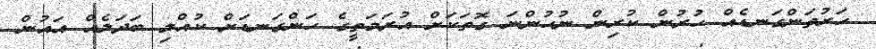
ހަރުތަންގަނޑެއް ހުރުން ކުރިން ނުހުންނަ ގޮތަކަށް އުރަމަތީގެ ހަންގަނޑަށް ކުއްލި ބަދަލެއް އައުން